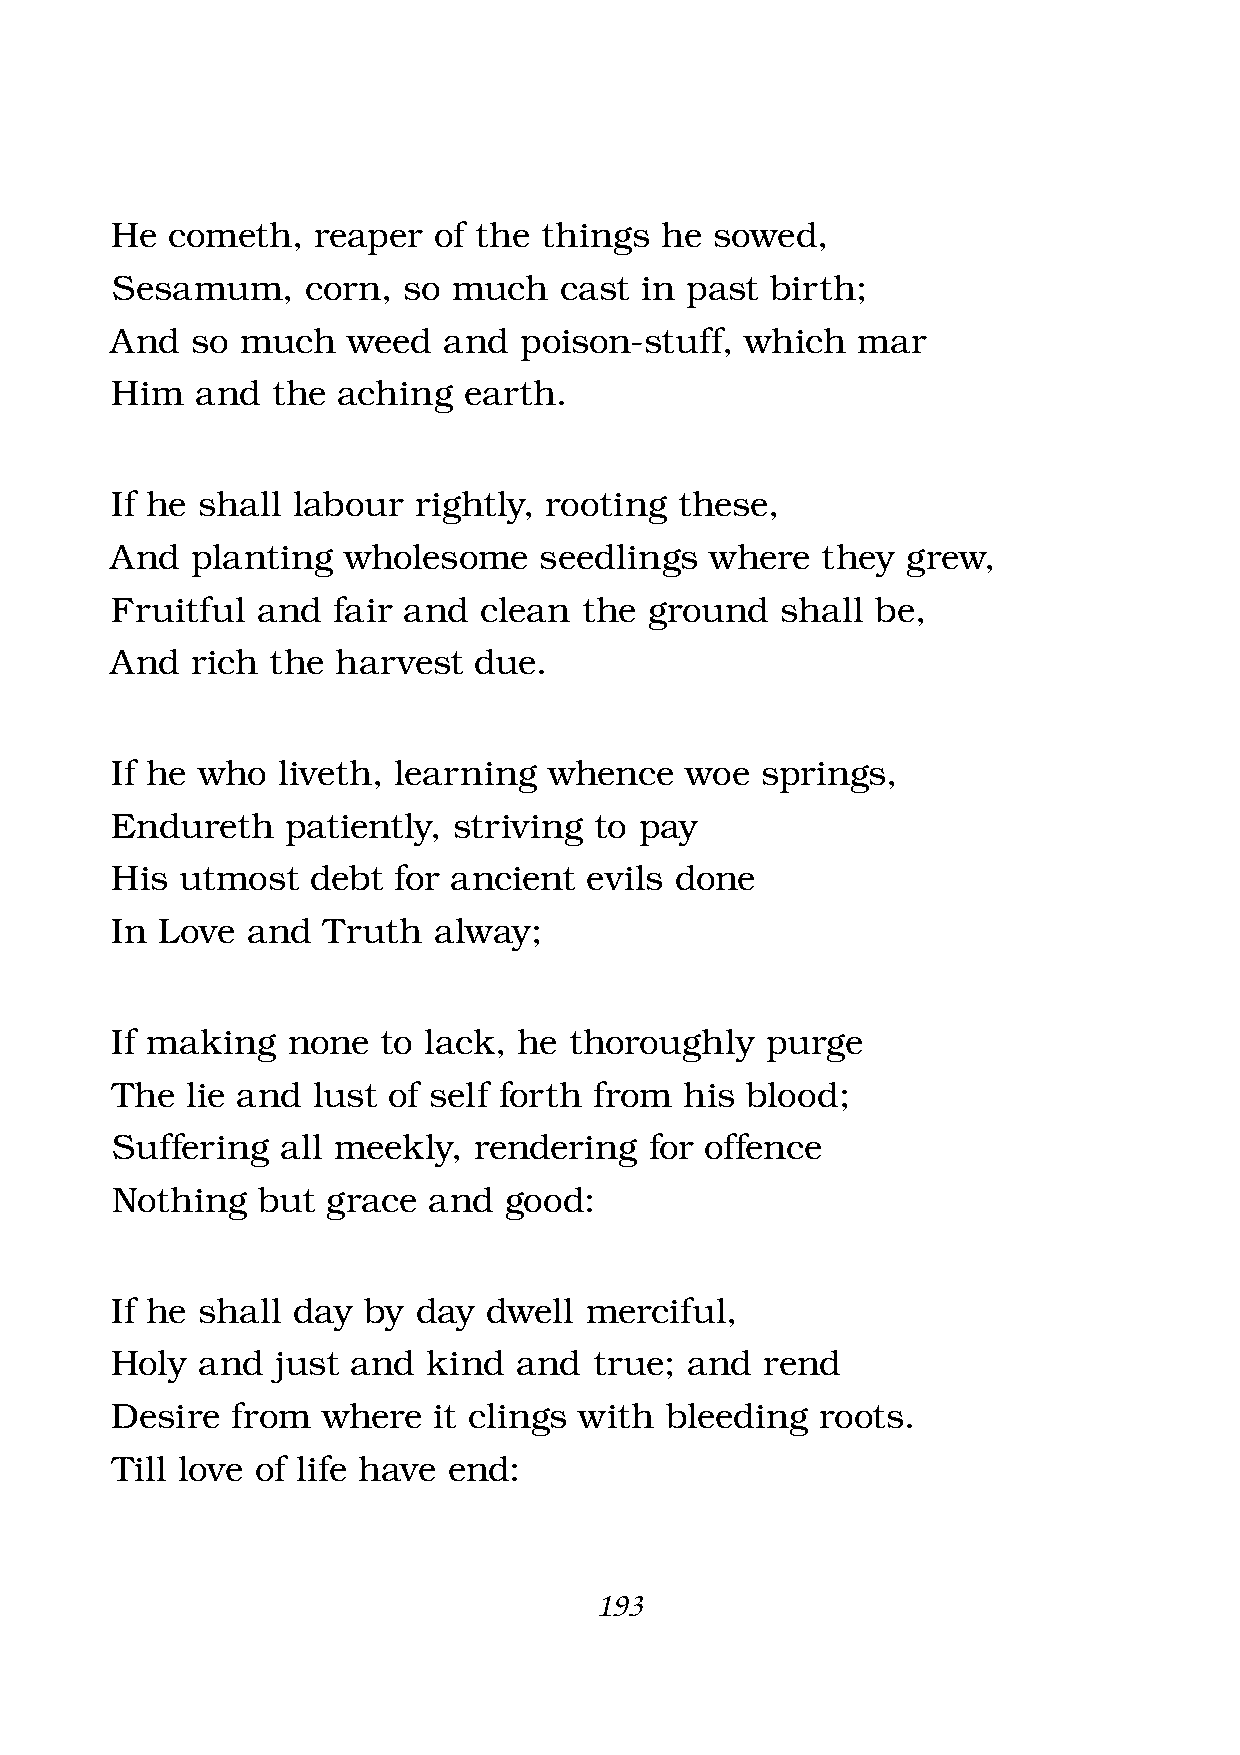
He  cometh,   reaper  of the things  he sowed,
 Sesamum,     corn,  so much   cast in past  birth;
 And   so much   weed  and  poison-stuff,  which   mar
 Him   and  the aching   earth.
 If he shall labour  rightly, rooting  these,
 And   planting  wholesome    seedlings  where  they  grew,
 Fruitful  and  fair and  clean the  ground   shall be,
 And   rich the harvest  due.
 If he who  liveth, learning  whence   woe  springs,
 Endureth    patiently, striving to pay
 His  utmost   debt for ancient  evils done
 In Love  and  Truth   alway;
 If making   none  to lack, he  thoroughly   purge
 The  lie and  lust of self forth from his blood;
 Suffering   all meekly, rendering   for offence
 Nothing   but  grace and  good:
 If he shall day  by  day dwell  merciful,
 Holy  and  just and  kind  and  true; and   rend
 Desire  from  where   it clings with bleeding  roots.
 Till love of life have end:
 193